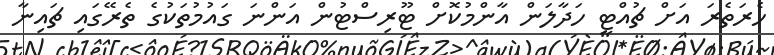
ހެރަތެރަ އަށް ޗުއްޓީ ހަދާލަން އާންމުކޮށް ޓޫރިސްޓުން އަންނަ ގައުމުތަކުގެ ތެރޭގައި ޗައިނާ